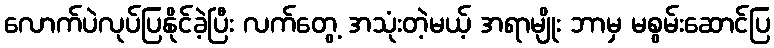
လောက်ပဲလုပ်ပြနိုင်ခဲ့ပြီး လက်တွေ့ အသုံးတဲ့မယ့် အရာမျိုး ဘာမှ မစွမ်းဆောင်ပြ